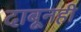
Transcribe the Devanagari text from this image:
दाबूनही